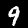
Label: 9